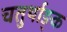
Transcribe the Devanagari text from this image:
चतुर्थाङ्क